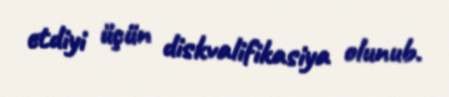
etdiyi üçün diskvalifikasiya olunub.